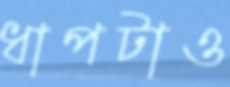
ধাপটাও